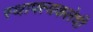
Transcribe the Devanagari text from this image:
स्थापत्यकलेची